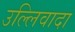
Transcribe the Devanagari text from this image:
उल्लिवादा